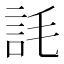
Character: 䚽